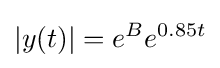
|y(t)|=e^{B}e^{0.85t}